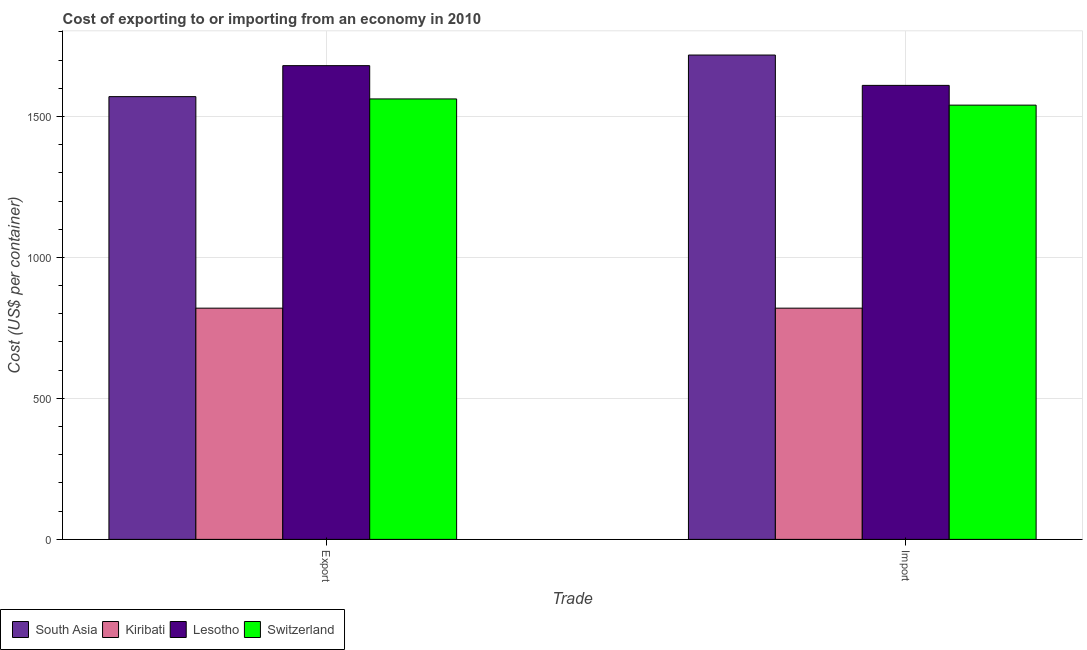
| Trade | South Asia | Kiribati | Lesotho | Switzerland |
 | --- | --- | --- | --- | --- |
 | Export | 1.57e+03 | 820 | 1.68e+03 | 1.56e+03 |
 | Import | 1.72e+03 | 820 | 1.61e+03 | 1.54e+03 |